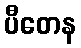
ပီတေန